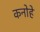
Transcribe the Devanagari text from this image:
कनोहे